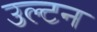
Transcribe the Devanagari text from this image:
उल्टन